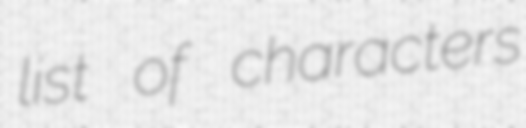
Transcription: list of characters